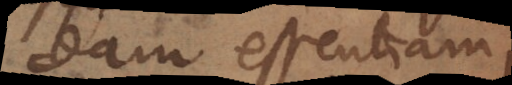
dam essentiam